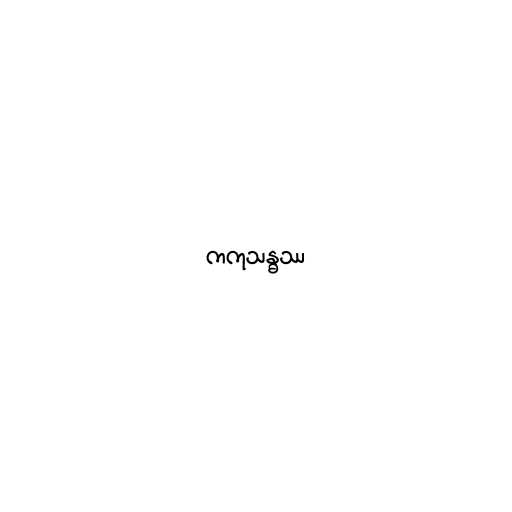
ကကုသန္ဓဿ